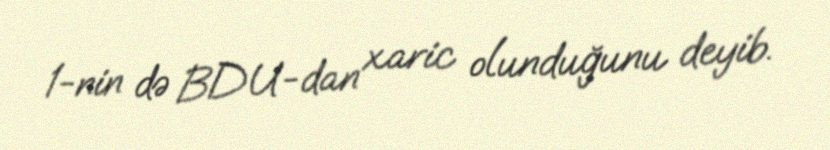
1-nin də BDU-dan xaric olunduğunu deyib.